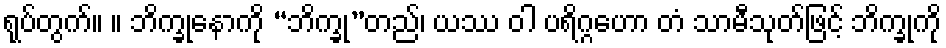
ရုပ်တွက်။ ။ ဘိက္ခုနောကို “ဘိက္ခု”တည်၊ ယဿ ဝါ ပရိဂ္ဂဟော တံ သာမီသုတ်ဖြင့် ဘိက္ခုကို